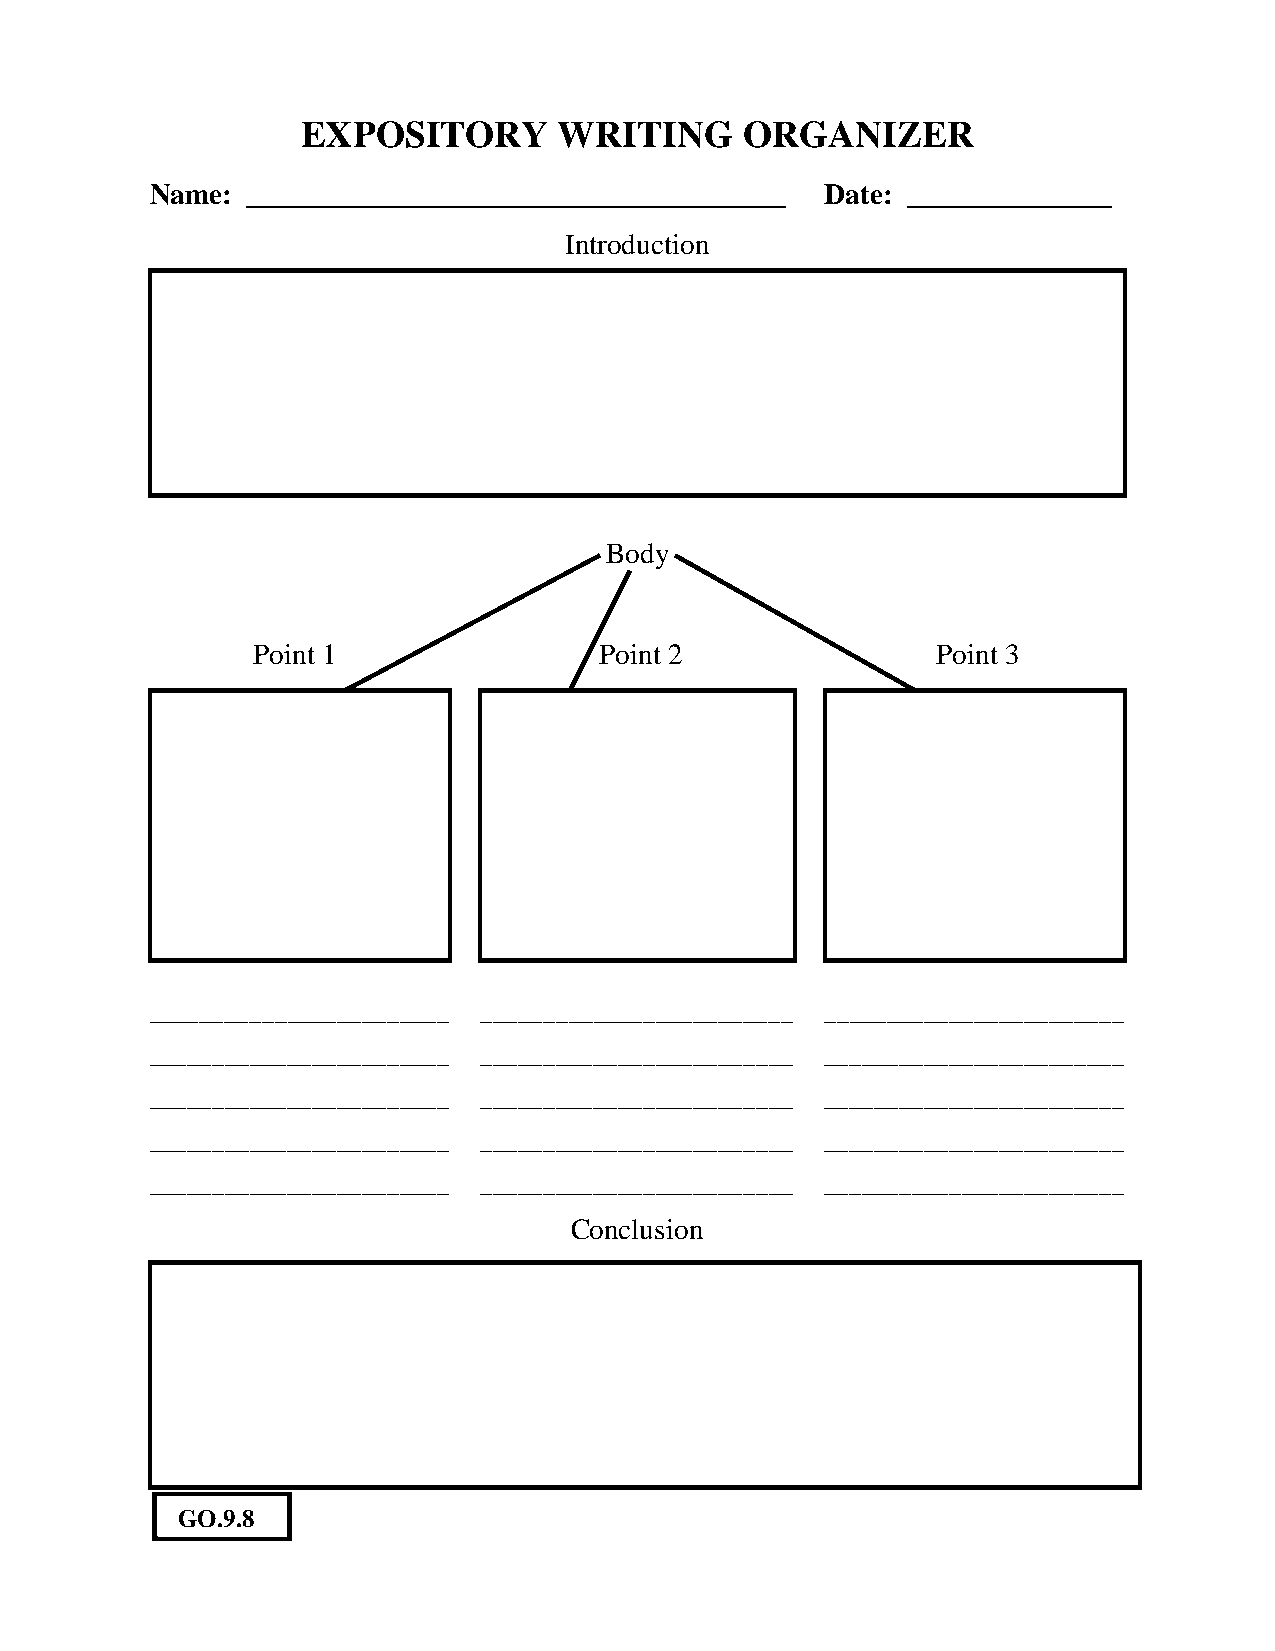
EXPOSITORY       WRITING     ORGANIZER
 Name: _____________________________________  Date: ______________
 Introduction
 Body
 Point 1                Point 2               Point 3
 ________________________ _________________________ ________________________
 ________________________ _________________________ ________________________
 ________________________ _________________________ ________________________
 ________________________ _________________________ ________________________
 ________________________ _________________________ ________________________
 Conclusion
 GO.9.8